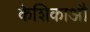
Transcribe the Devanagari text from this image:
केशिकाऔ